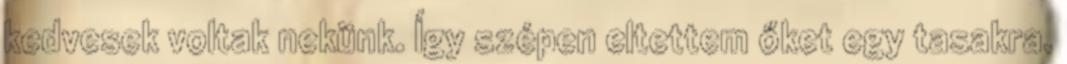
kedvesek voltak nekünk. Így szépen eltettem őket egy tasakra.